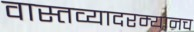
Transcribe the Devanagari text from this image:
वास्तव्यादरम्यानच